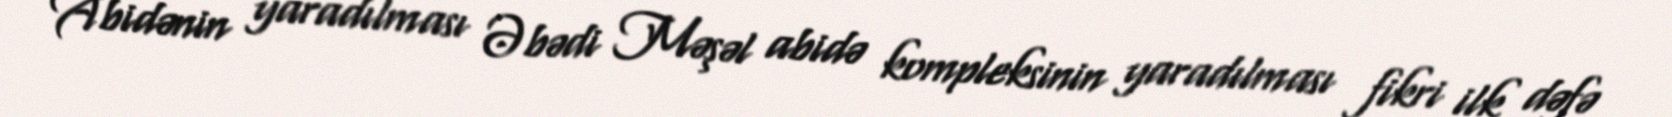
Abidənin yaradılması Əbədi Məşəl abidə kompleksinin yaradılması fikri ilk dəfə